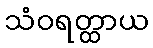
သံဝရတ္ထာယ